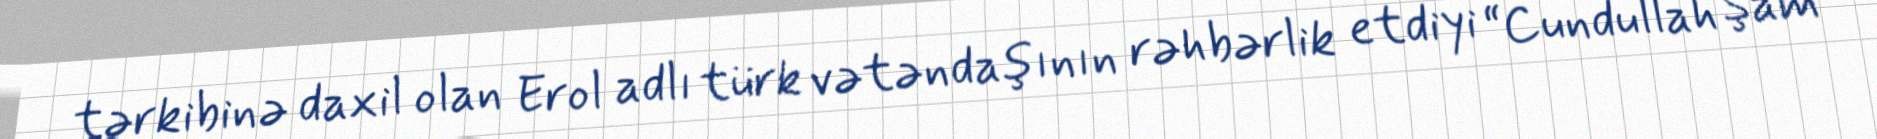
tərkibinə daxil olan Erol adlı türk vətəndaşının rəhbərlik etdiyi “Cundullah Şam